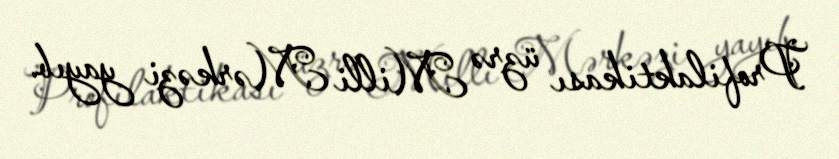
Profilaktikası üzrə Milli Mərkəzi yayıb.